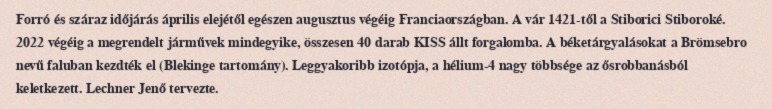
Forró és száraz időjárás április elejétől egészen augusztus végéig Franciaországban. A vár 1421-től a Stiborici Stiboroké. 2022 végéig a megrendelt járművek mindegyike, összesen 40 darab KISS állt forgalomba. A béketárgyalásokat a Brömsebro nevű faluban kezdték el (Blekinge tartomány). Leggyakoribb izotópja, a hélium-4 nagy többsége az ősrobbanásból keletkezett. Lechner Jenő tervezte.